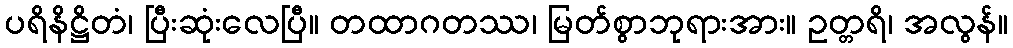
ပရိနိဋ္ဌိတံ၊ ပြီးဆုံးလေပြီ။ တထာဂတဿ၊ မြတ်စွာဘုရားအား။ ဥတ္တရိ၊ အလွန်။